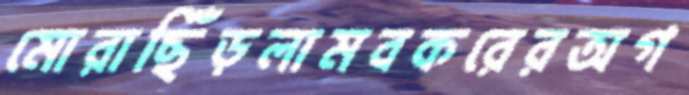
মোরাছিঁড়লামবকরেরঅগ